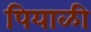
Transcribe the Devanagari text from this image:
पियाळी